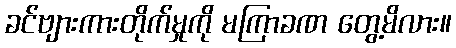
ခင်ဗျားကားတိုက်မှုကို မကြာခဏ တွေ့မိလား။